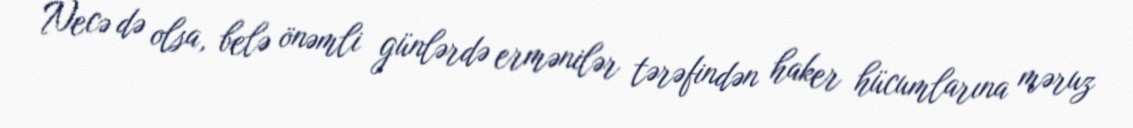
Necə də olsa, belə önəmli günlərdə ermənilər tərəfindən haker hücumlarına məruz